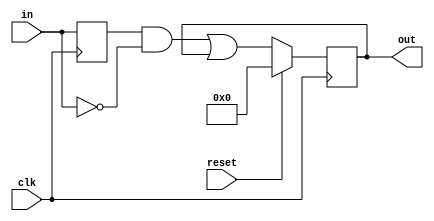
module top_module (
    input clk,
    input reset,
    input [31:0] in,
    output [31:0] out
);
    reg [31:0] d_last;
    always @(posedge clk) begin
        d_last	<=	in;
        if (reset) 
            out <= 32'h00000000;
        else 
            out <= (d_last&~in)|out;
    end
endmodule